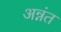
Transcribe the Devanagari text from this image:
अन्नंत